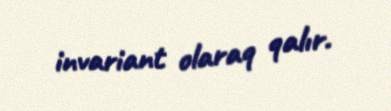
invariant olaraq qalır.